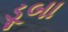
ડૂબા